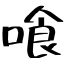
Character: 喰